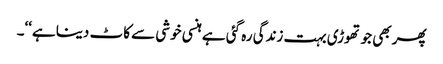
پھر بھی جو تھوڑی بہت زندگی رہ گئی ہے ہنسی خوشی سے کاٹ دینا ہے‘‘۔